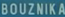
BOUZNICKA